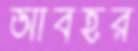
আবহর